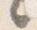
々